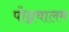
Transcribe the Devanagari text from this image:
पोन्नबालम